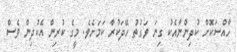
ހާއްސަކޮށް ކުދިންނާއެކު ގިނަ ވަގުތު ހޭދަކުރާ ކަމަށެވެ. މީގެ ކުރިން އެކުދިން ވެސް